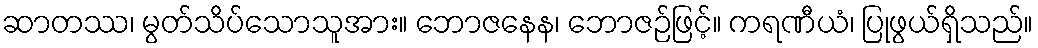
ဆာတဿ၊ မွတ်သိပ်သောသူအား။ ဘောဇနေန၊ ဘောဇဉ်ဖြင့်။ ကရဏီယံ၊ ပြုဖွယ်ရှိသည်။